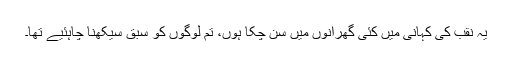
یہ نقب کی کہانی میں کئی گھرانوں میں سن چکا ہوں، تم لوگوں کو سبق سیکھنا چاہئیے تھا۔